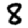
Digit: 8